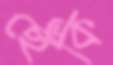
ছেঁকি